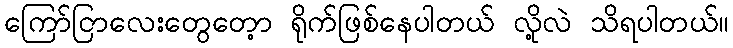
ကြော်ငြာလေးတွေတေ့ာ ရိုက်ဖြစ်နေပါတယ် လို့လဲ သိရပါတယ်။